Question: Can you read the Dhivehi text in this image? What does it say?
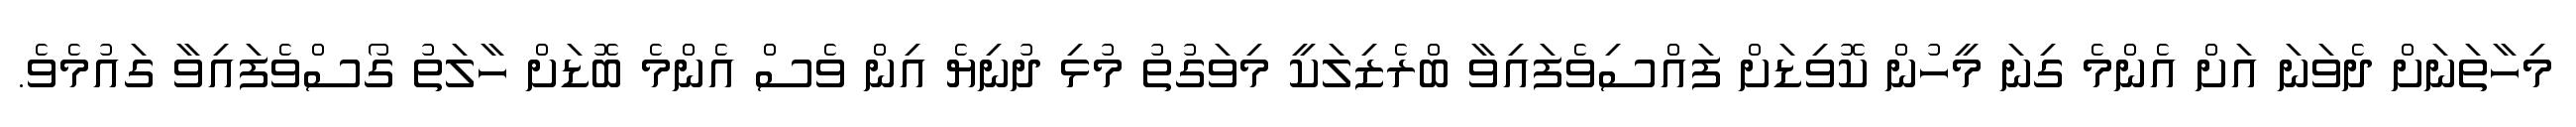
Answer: މިހާތަނަށް ދެވަނަ އަށް އެންމެ ގިނަ މީހުން ކޮވިޑަށް ފައްސިވެފައިވާ ބްރެޒިލަކީ މިވަގުތު މުޅި ދުނިޔެ އިން ވެސް އެންމެ ބޮޑަށް ހާލަތު ގޯސްވެފައިވާ ގައުމެވެ.